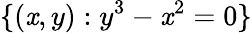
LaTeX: \{ (\mathit{x},y):y^{3}-\mathit{x}^{2}=0\}